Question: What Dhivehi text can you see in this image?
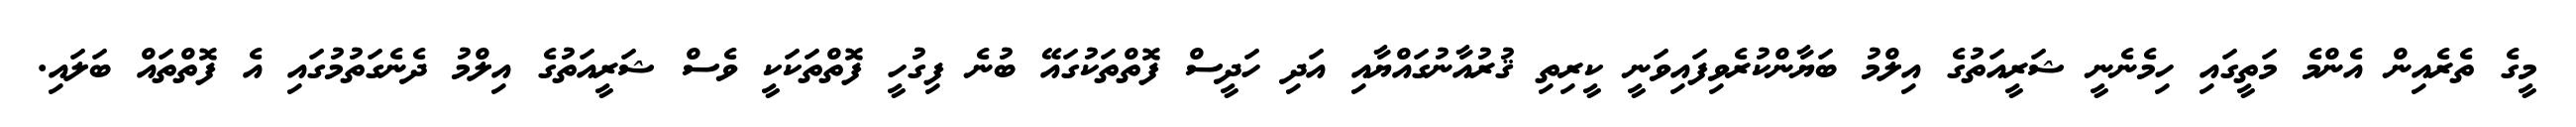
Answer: މީގެ ތެރެއިން އެންމެ މަތީގައި ހިމެނެނީ ޝަރީއަތުގެ އިލްމު ބަޔާންކުރެވިފައިވަނީ ކީރިތި ޤުރުއާނުގައްޔާއި އަދި ހަދީސް ފޮތްތަކުގައޭ ބުނެ ފިގުހީ ފޮތްތަކަކީ ވެސް ޝަރީއަތުގެ އިލްމު ދެނެގަތުމުގައި އެ ފޮތްތައް ބަލައި.